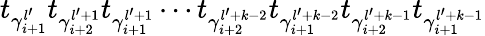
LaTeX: t_{\gamma_{i+1}^{l^{\prime}}}t_{\gamma_{i+2}^{l^{\prime}+1}}t_{\gamma_{i+1}^{l^{\prime}+1}}\cdots t_{\gamma_{i+2}^{l^{\prime}+k-2}}t_{\gamma_{i+1}^{l^{\prime}+k-2}}t_{\gamma_{i+2}^{l^{\prime}+k-1}}t_{\gamma_{i+1}^{l^{\prime}+k-1}}